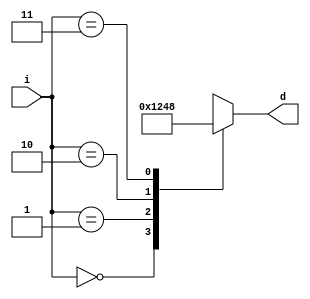
module decoder (
	input [1:0] i,
	output reg [3:0] d
);
	
always @(*) begin
case(i)
	2'b00: d = 4'b0001;
	2'b01: d = 4'b0010;
	2'b10: d = 4'b0100;
	2'b11: d = 4'b1000;
endcase
end

endmodule